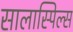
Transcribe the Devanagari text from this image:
सालास्पिल्स